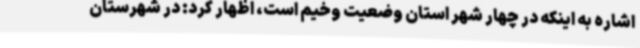
اشاره به اینکه در چهار شهر استان وضعیت وخیم است، اظهار کرد: در شهرستان